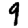
Digit: 9